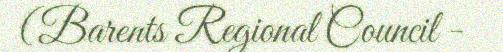
(Barents Regional Council -